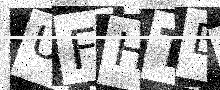
Text: UFHTB1